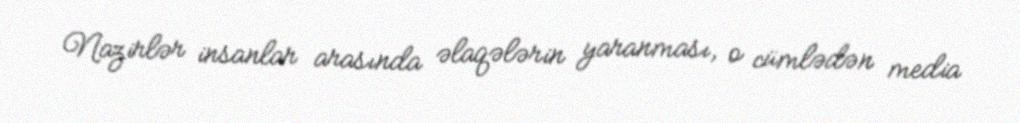
Nazirlər insanlar arasında əlaqələrin yaranması, o cümlədən media